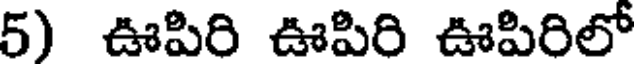
5) ఊపిరి ఊపిరి ఊపిరిలో